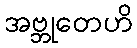
အဗ္ဘုတေဟိ